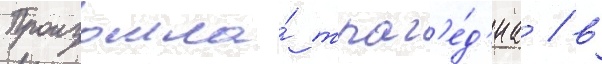
Произошла́ траг'е́д'иа / в